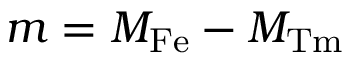
m = M _ { \mathrm { F e } } - M _ { \mathrm { T m } }